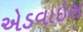
એડવાઇસ